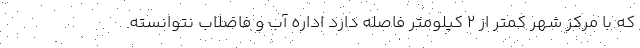
که با مرکز شهر کمتر از 2 کیلومتر فاصله دارد اداره آب و فاضلاب نتوانسته